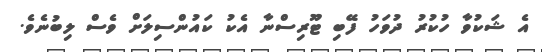
އެ ޝަކުވާ ހުކުރު ދުވަހު ފޭބި ޓޫރިސްނާ އެކު ކައުންސިލަށް ވެސް ލިބުނެވެ.